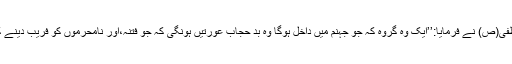
سرکار ختمی مرتبت حضرت محمد مصطفٰی(ص) نے فرمایا:’’ایک وہ گروہ کہ جو جہنم میں داخل ہوگا وہ بد حجاب عورتیں ہونگی کہ جو فتنہ،اور نامحرموں کو فریب دینے کے لئے اپنے کو سجاتی و سنوارتی ہیں‘‘۔